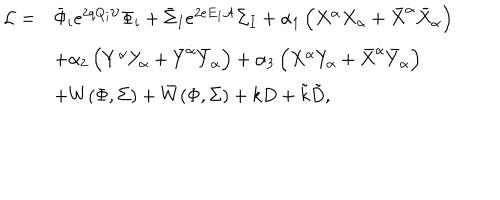
\begin{array} { r l } { { { \cal L } = } } & { { \bar { \Phi } _ { i } e ^ { 2 q Q _ { i } { \cal V } } \Phi _ { i } + \bar { \Sigma } _ { I } e ^ { 2 e E _ { I } { \cal A } } \Sigma _ { I } + \alpha _ { 1 } \left( X ^ { \alpha } X _ { \alpha } + \bar { X } ^ { \dot { \alpha } } \bar { X } _ { \dot { \alpha } } \right) } } \\ { { } } & { { + \alpha _ { 2 } \left( Y ^ { \alpha } Y _ { \alpha } + \bar { Y } ^ { \dot { \alpha } } \bar { Y } _ { \dot { \alpha } } \right) + \alpha _ { 3 } \left( X ^ { \alpha } Y _ { \alpha } + \bar { X } ^ { \dot { \alpha } } \bar { Y } _ { \dot { \alpha } } \right) } } \\ { { } } & { { + W ( \Phi , \Sigma ) + \bar { W } ( \Phi , \Sigma ) + k D + \tilde { k } \tilde { D } , } } \\ \end{array}